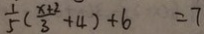
\frac { 1 } { 5 } ( \frac { x + 2 } { 3 } + 4 ) + 6 = 7